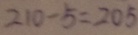
2 1 0 - 5 = 2 0 5